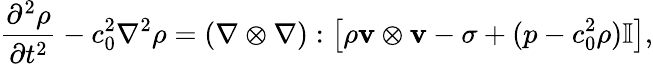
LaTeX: {\frac{\partial^{2}\rho}{\partial t^{2}}}-c_{0}^{2}\nabla^{2}\rho=(\nabla\otimes\nabla):\left[\rho\mathbf{v}\otimes\mathbf{v}-\sigma+(p-c_{0}^{2}\rho)\mathbb{I}\right],